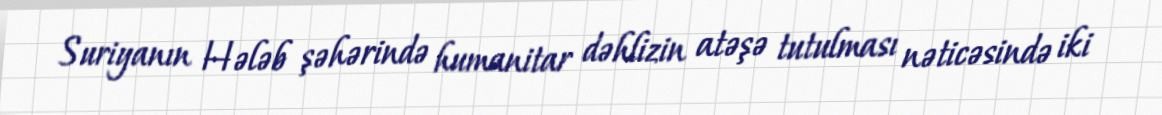
Suriyanın Hələb şəhərində humanitar dəhlizin atəşə tutulması nəticəsində iki